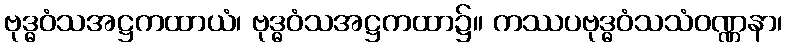
ဗုဒ္ဓဝံသအဋ္ဌကထာယံ၊ ဗုဒ္ဓဝံသအဋ္ဌကထာ၌။ ကဿပဗုဒ္ဓဝံသသံဝဏ္ဏနာ၊